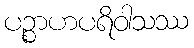
ပဉ္စာဟပရိဝါသဿ